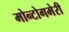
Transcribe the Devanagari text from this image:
मोन्टोगमेरी